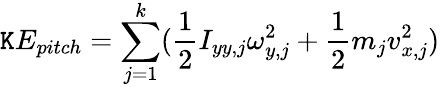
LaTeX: \mathtt{K}E_{pitch}=\sum_{j=1}^{k}(\frac{{1}}{{2}}I_{yy,j}\omega_{y,j}^{2}+\frac{{1}}{{2}}m_{j}v_{x,j}^{2})